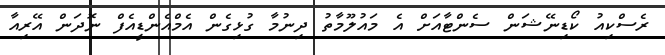
ރެސްކިއު ކޯޑިނޭޝަން ސެންޓާއަށް އެ މައުލޫމާތު ދިނުމާ ގުޅިގެން އެމްއެންޑީއެފް ނޮދަން އޭރިއާ